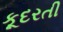
કૂદરતી